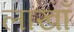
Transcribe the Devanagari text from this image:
लाखॉ